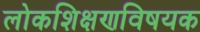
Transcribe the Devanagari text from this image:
लोकशिक्षणविषयक